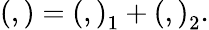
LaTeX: \left(,\right)=\left(,\right)_{1}+\left(,\right)_{2}.